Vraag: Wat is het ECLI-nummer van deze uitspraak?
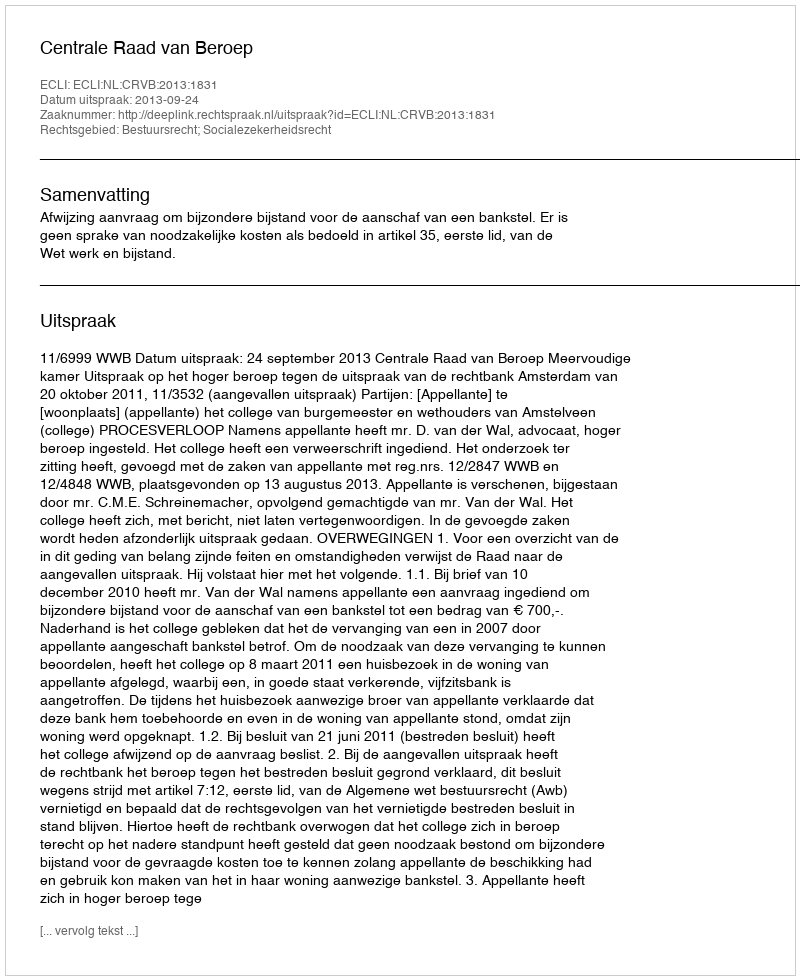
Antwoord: ECLI:NL:CRVB:2013:1831